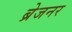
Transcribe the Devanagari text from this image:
ब्रेजनर